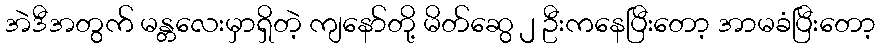
အဲဒီအတွက် မန္တလေးမှာရှိတဲ့ ကျနော်တို့ မိတ်ဆွေ ၂ ဦးကနေပြီးတော့ အာမခံပြီးတော့